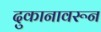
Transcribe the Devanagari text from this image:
दुकानावरून